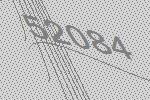
52084